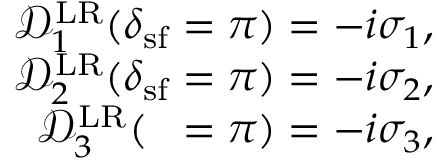
\begin{array} { r } { \mathcal { D } _ { 1 } ^ { \mathrm { L R } } ( \delta _ { \mathrm { s f } } = \pi ) = - i \sigma _ { 1 } , } \\ { \mathcal { D } _ { 2 } ^ { \mathrm { L R } } ( \delta _ { \mathrm { s f } } = \pi ) = - i \sigma _ { 2 } , } \\ { \mathcal { D } _ { 3 } ^ { \mathrm { L R } } ( { \it \Delta \phi } = \pi ) = - i \sigma _ { 3 } , } \end{array}